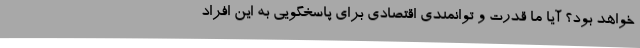
خواهد بود؟ آیا ما قدرت و توانمندی اقتصادی برای پاسخگویی به این افراد